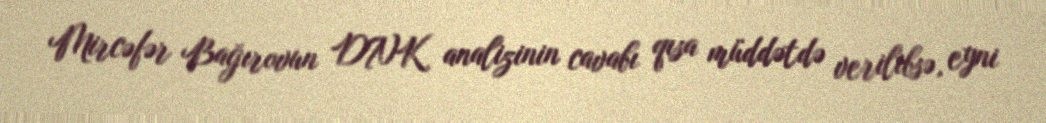
Mircəfər Bağırovun DNK analizinin cavabı qısa müddətdə verilibsə, eyni